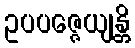
ဥပပဇ္ဇေယျန္တိ